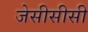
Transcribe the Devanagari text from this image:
जेसीसीसी